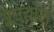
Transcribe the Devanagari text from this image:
बलूचीज